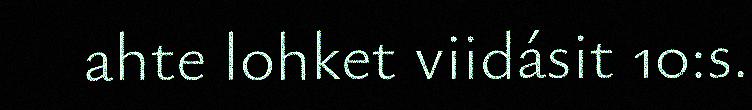
ahte lohket viidásit 10:s.